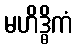
မဟိဒ္ဓိကံ